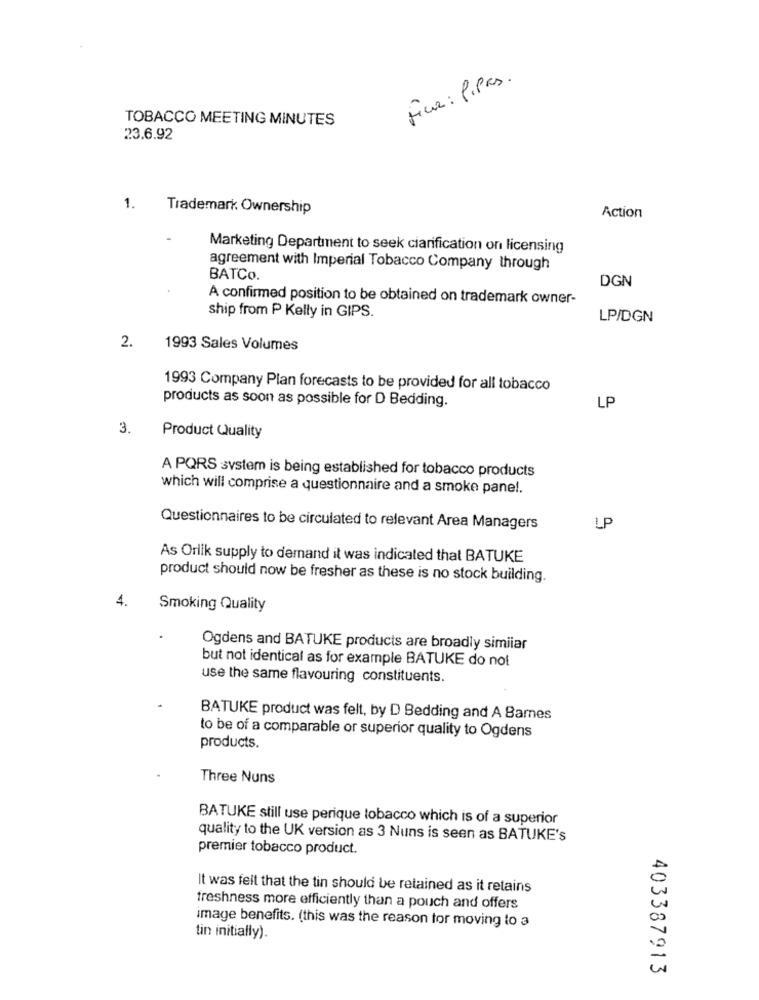
Fica: Pipas.
TOBACCO MEETING MINUTES
23.6.92
1.
Trademark. Ownership
Action
Marketing Department to seek ciarification on licensing
agreement with Imperial Tobacco Company through
BATCo.
DGN
A confirmed position to be obtained on trademark owner-
ship from P Kelly in GIPS.
LP/DGN
2.
1993 Sales Volumes
1993 Company Plan forecasts to be provided for all tobacco
products as soon as possible for D Bedding.
LP
3.
Product Quality
A PQRS system is being established for tobacco products
which will comprise a questionnaire and a smoke panel.
Questionnaires to be circulated to relevant Area Managers
LP
As Orlik supply to demand it was indicated that BATUKE
product should now be fresher as these is no stock building.
4.
Smoking Quality
Ogdens and BATUKE products are broadly similar
but not identical as for example BATUKE do not
use the same flavouring constituents.
BATUKE product was felt, by D Bedding and A Barnes
to be of a comparable or superior quality to Ogdens
products.
Three Nuns
BATUKE still use perique tobacco which is of a superior
quality to the UK version as 3 Nuns is seen as BATUKE's
premier tobacco product.
It was felt that the tin should be retained as it retains
freshness more efficiently than a pouch and offers
image benefits. (this was the reason for moving to a
tin initially).
403387913